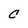
Character: C